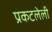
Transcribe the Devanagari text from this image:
प्रकटलेली